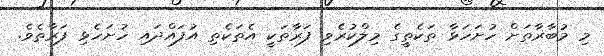
މި މުބާރާތަށް ހުށަހަޅާ ތަކެތީގެ މިލްކުރެވި ފަރާތަކީ އެތަކެތި އުފައްދައި ހުށަހެޅި ފަރާތެވެ.